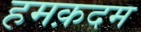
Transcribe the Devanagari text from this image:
हमक़दम